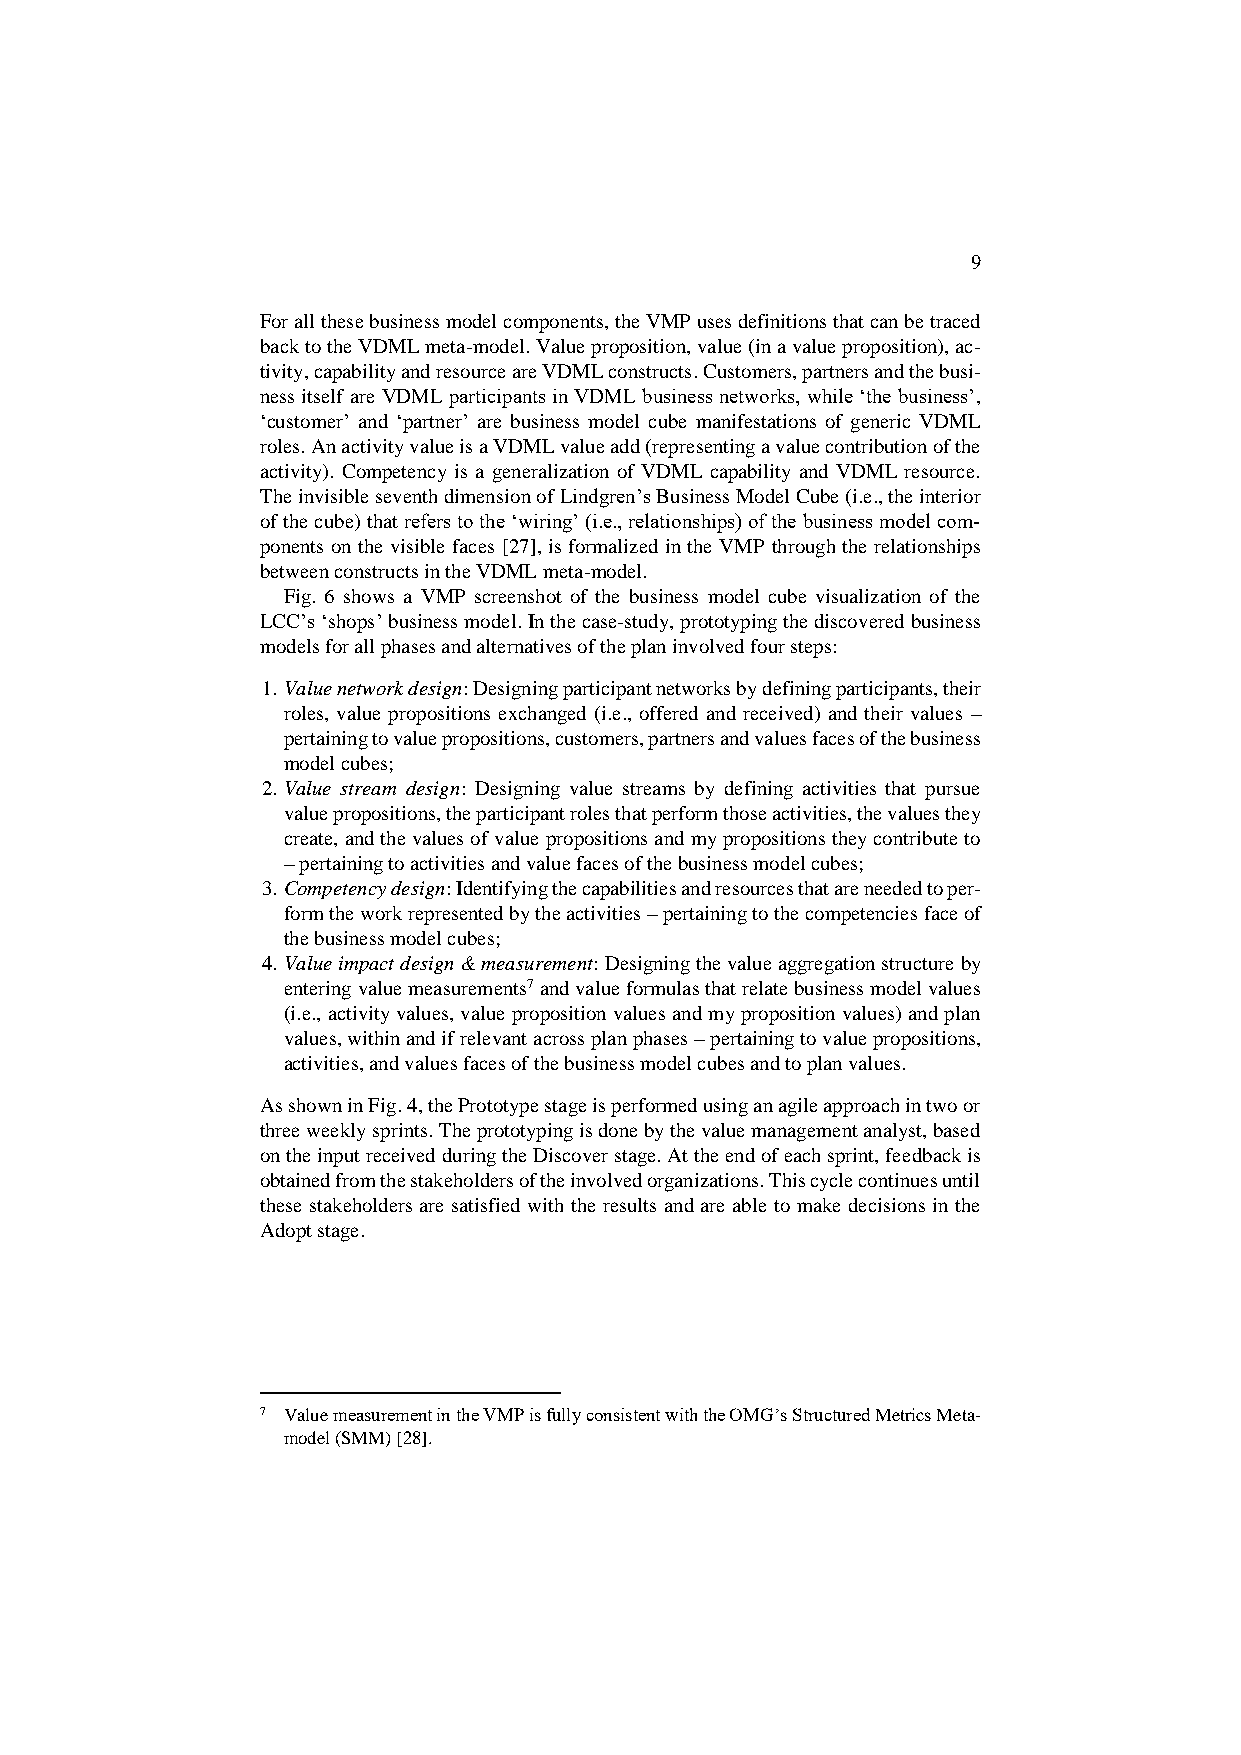
9
 For all these business model components, the VMP uses definitions that can be traced
 back to the VDML meta-model. Value proposition, value (in a value proposition), ac-
 tivity, capability and resource are VDML constructs. Customers, partners and the busi-
 ness itself are VDML participants in VDML business networks, while ‘the business’,
 ‘customer’ and ‘partner’ are business model cube manifestations of generic VDML
 roles. An activity value is a VDML value add (representing a value contribution of the
 activity). Competency is a generalization of VDML capability and VDML resource.
 The invisible seventh dimension of Lindgren’s Business Model Cube (i.e., the interior
 of the cube) that refers to the ‘wiring’ (i.e., relationships) of the business model com-
 ponents on the visible faces [27], is formalized in the VMP through the relationships
 between constructs in the VDML meta-model.
 Fig. 6 shows a VMP screenshot of the business model cube visualization of the
 LCC’s ‘shops’ business model. In the case-study, prototyping the discovered business
 models for all phases and alternatives of the plan involved four steps:
 1. Value network design: Designing participant networks by defining participants, their
 roles, value propositions exchanged (i.e., offered and received) and their values –
 pertaining to value propositions, customers, partners and values faces of the business
 model cubes;
 2. Value stream design: Designing value streams by defining activities that pursue
 value propositions, the participant roles that perform those activities, the values they
 create, and the values of value propositions and my propositions they contribute to
 – pertaining to activities and value faces of the business model cubes;
 3. Competency design: Identifying the capabilities and resources that are needed to per-
 form the work represented by the activities – pertaining to the competencies face of
 the business model cubes;
 4. Value impact design & measurement: Designing the value aggregation structure by
 entering value measurements7 and value formulas that relate business model values
 (i.e., activity values, value proposition values and my proposition values) and plan
 values, within and if relevant across plan phases – pertaining to value propositions,
 activities, and values faces of the business model cubes and to plan values.
 As shown in Fig. 4, the Prototype stage is performed using an agile approach in two or
 three weekly sprints. The prototyping is done by the value management analyst, based
 on the input received during the Discover stage. At the end of each sprint, feedback is
 obtained from the stakeholders of the involved organizations. This cycle continues until
 these stakeholders are satisfied with the results and are able to make decisions in the
 Adopt stage.
 7 Value measurement in the VMP is fully consistent with the OMG’s Structured Metrics Meta-
 model (SMM) [28].